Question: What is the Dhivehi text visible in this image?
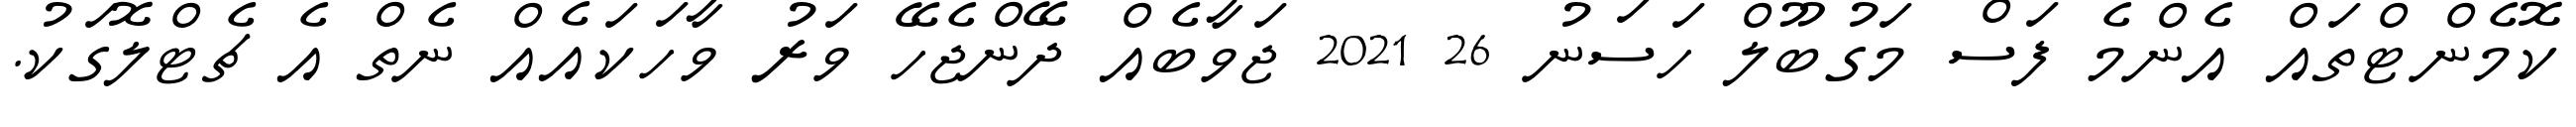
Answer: ކޮމެންޓްތައް އެންމެ ފަސް މަގުބޫލް ހަސަނު 26 2021 ޖަވާބެއް ދޭންޖެހޭ ވަރު ވާހަކައެއް ނެތް އެ ޗެޓްލޮގަކު.